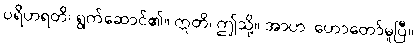
ပရိဟရတိ၊ ရွက်ဆောင်၏။ ဣတိ၊ ဤသို့။ အာဟ၊ ဟောတော်မူပြီ။